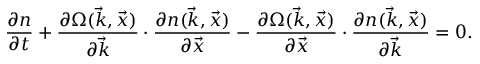
\frac { \partial n } { \partial t } + \frac { \partial \Omega ( \vec { k } , \vec { x } ) } { \partial \vec { k } } \cdot \frac { \partial n ( \vec { k } , \vec { x } ) } { \partial \vec { x } } - \frac { \partial \Omega ( \vec { k } , \vec { x } ) } { \partial \vec { x } } \cdot \frac { \partial n ( \vec { k } , \vec { x } ) } { \partial \vec { k } } = 0 .